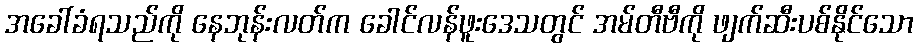
အခေါ်ခံရသည်ကို နေဘုန်းလတ်က ခေါင်လန်ဖူးဒေသတွင် အမ်တီဗီကို ဖျက်ဆီးပစ်နိုင်သော